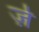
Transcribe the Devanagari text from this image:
र्ज़